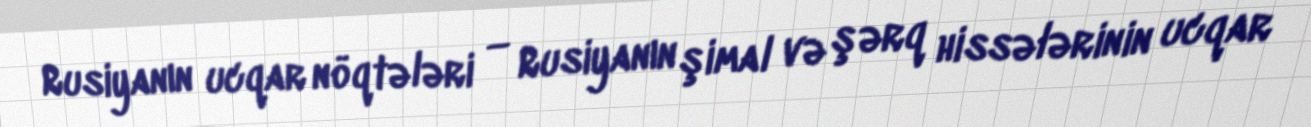
Rusiyanın ucqar nöqtələri — Rusiyanın şimal və şərq hissələrinin ucqar